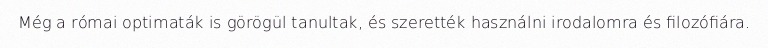
Még a római optimaták is görögül tanultak, és szerették használni irodalomra és filozófiára.